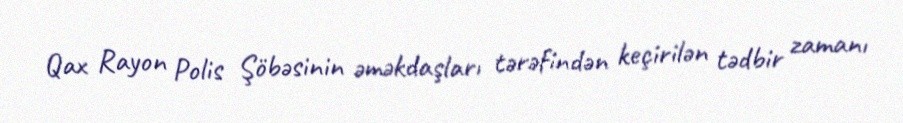
Qax Rayon Polis Şöbəsinin əməkdaşları tərəfindən keçirilən tədbir zamanı